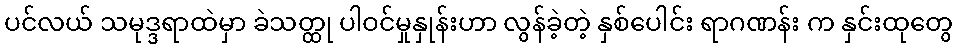
ပင်လယ် သမုဒ္ဒရာထဲမှာ ခဲသတ္ထု ပါဝင်မှုနှုန်းဟာ လွန်ခဲ့တဲ့ နှစ်ပေါင်း ရာဂဏန်း က နှင်းထုတွေ